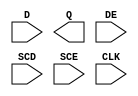
module sky130_fd_sc_hs__sedfxtp (
    //# {{data|Data Signals}}
    input  D  ,
    output Q  ,

    //# {{control|Control Signals}}
    input  DE ,

    //# {{scanchain|Scan Chain}}
    input  SCD,
    input  SCE,

    //# {{clocks|Clocking}}
    input  CLK
);

    // Voltage supply signals
    supply1 VPWR;
    supply0 VGND;

endmodule